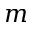
m